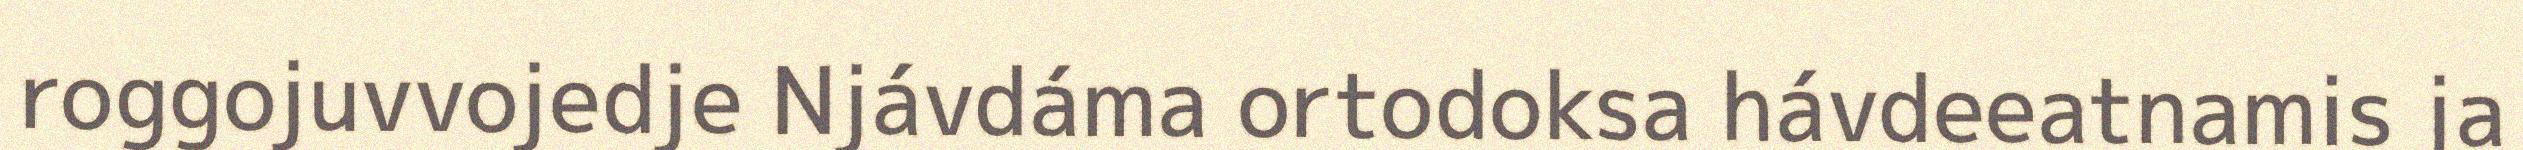
roggojuvvojedje Njávdáma ortodoksa hávdeeatnamis ja